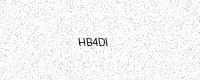
Text: HB4DI